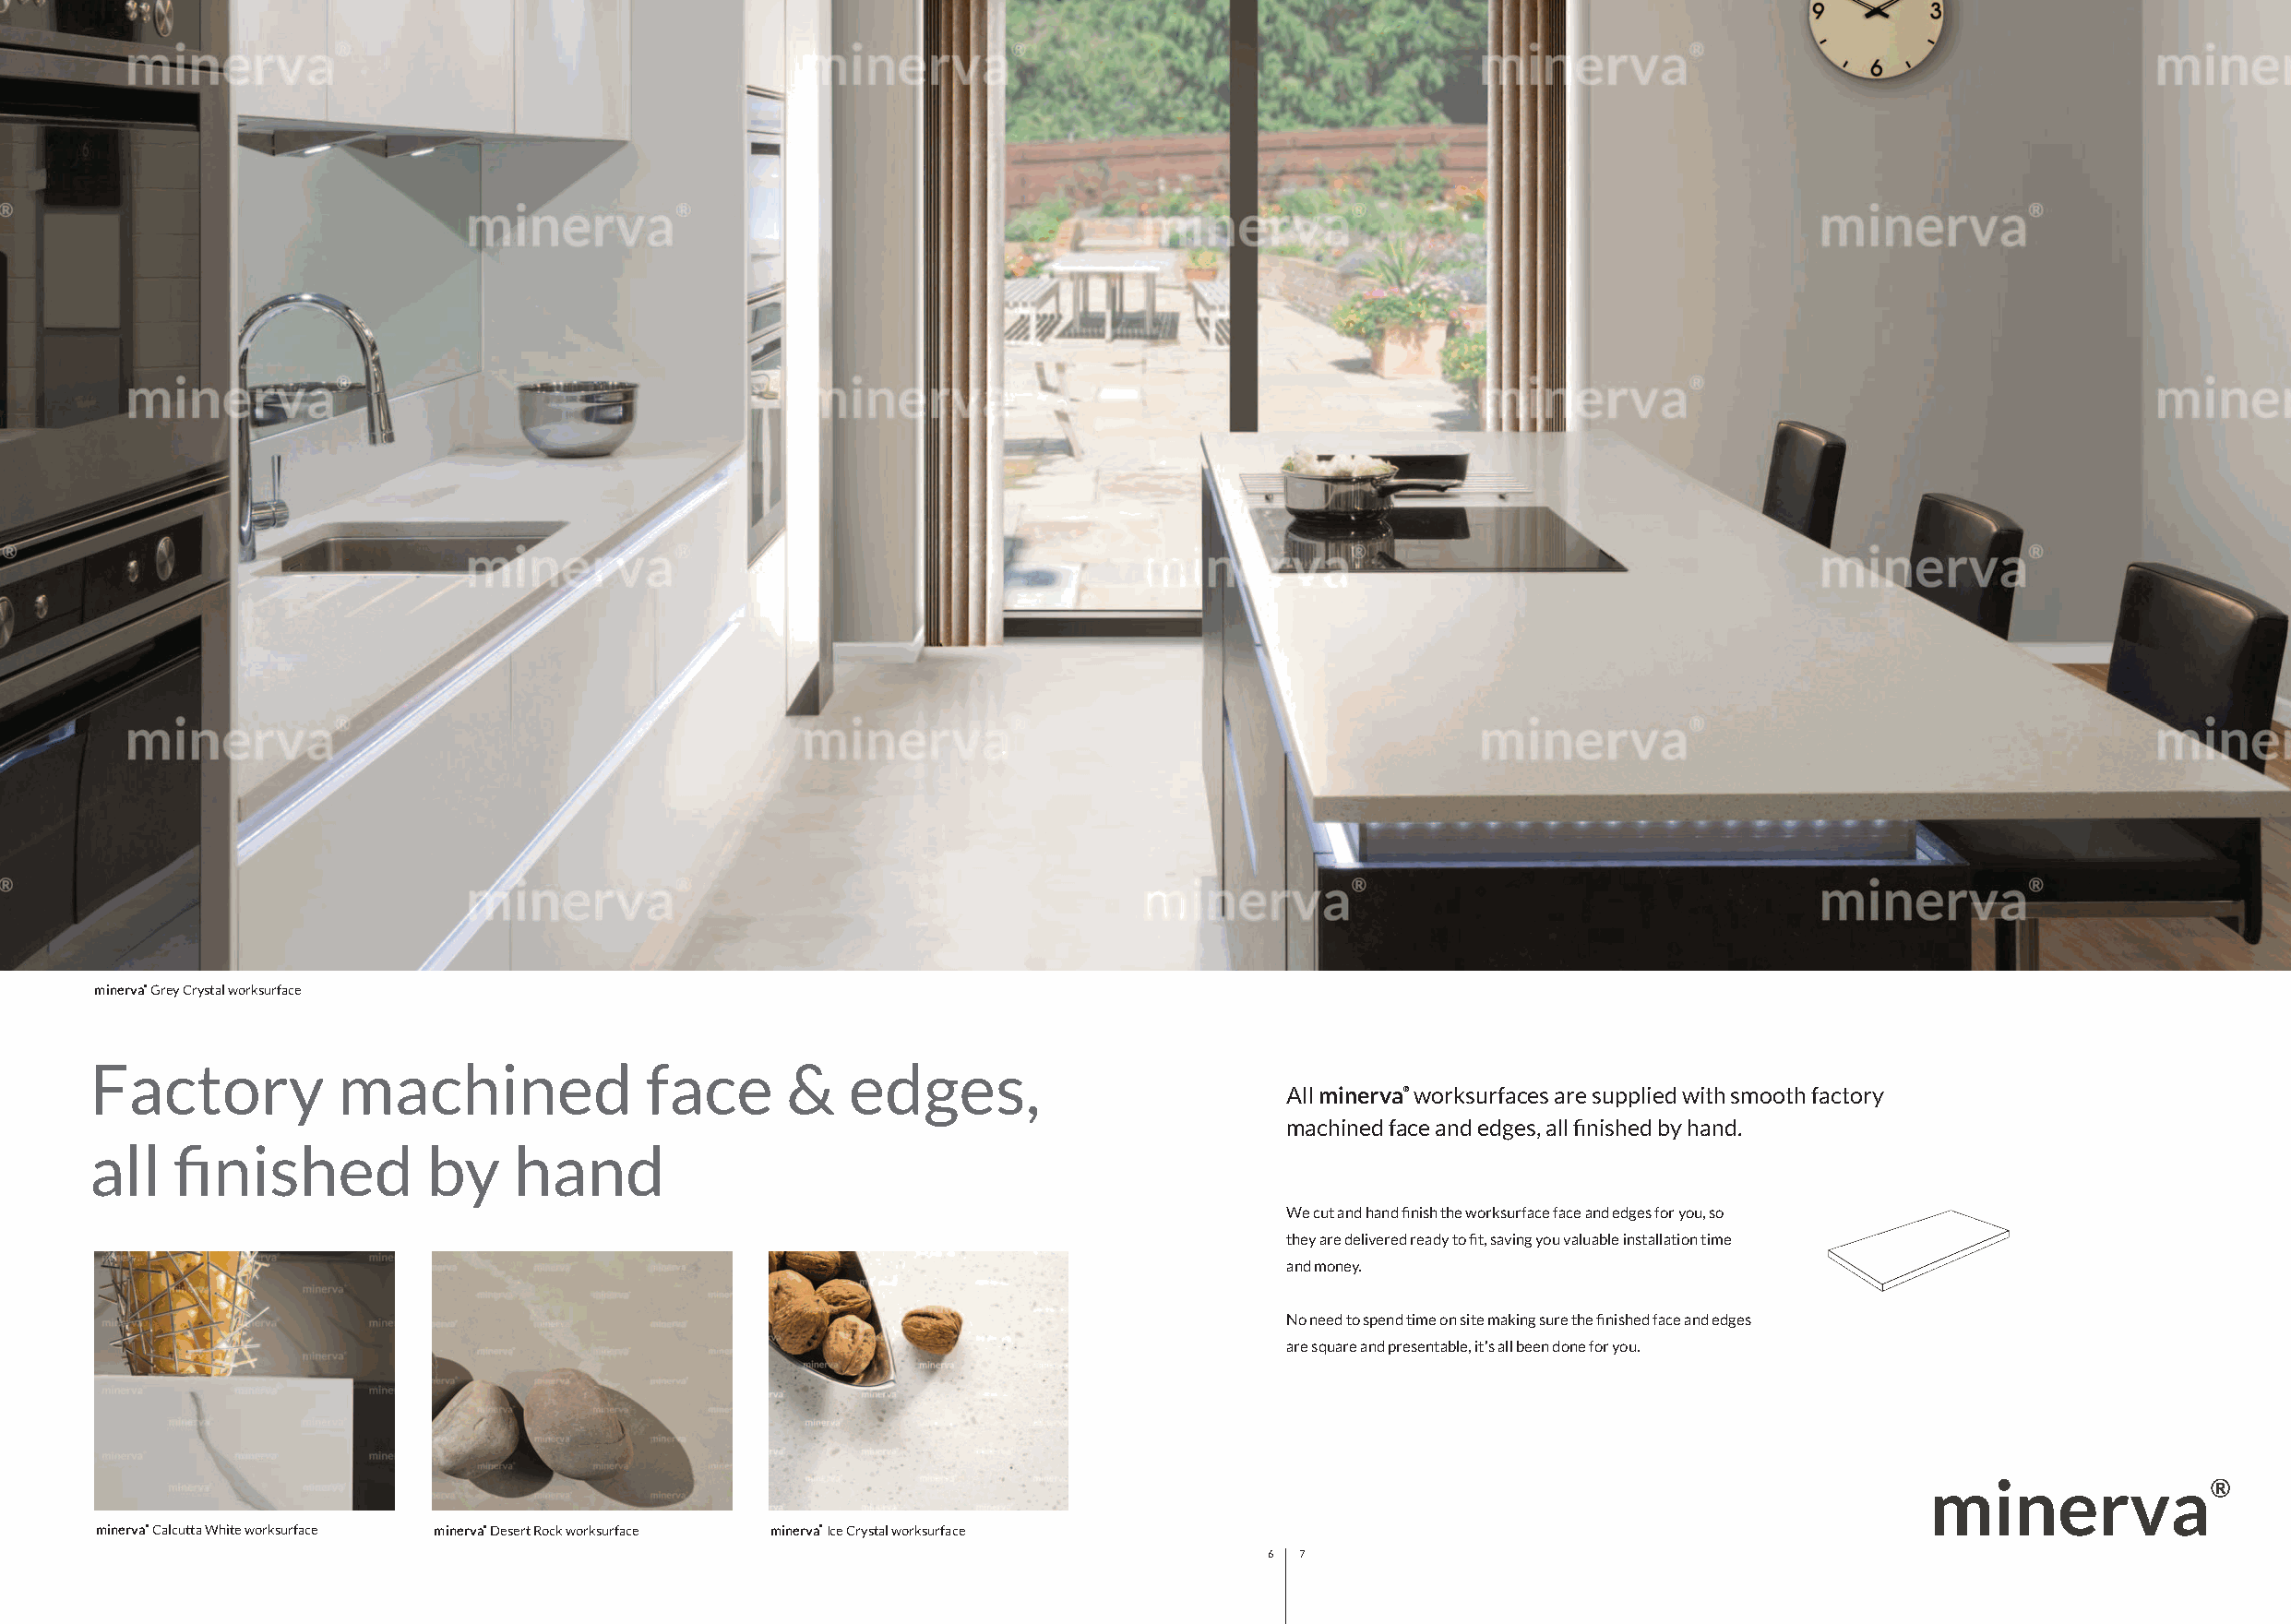
943150 Sylmar Brochure Update wm 2.qxp_Layout 1 05/07/2019 13:14 Page 7
 minerva® Grey Crystal worksurface
 Factory          machined              face       &   edges,
 All minerva® worksurfaces are supplied with smooth factory
 machined face and edges, all finished by hand.
 all   finished          by    hand
 We cut and hand finish the worksurface face and edges for you, so
 they are delivered ready to fit, saving you valuable installation time
 and money.
 No need to spend time on site making sure the finished face and edges
 are square and presentable, it's all been done for you.
 minerva® Calcutta White worksurface minerva® Desert Rock worksurface minerva® Ice Crystal worksurface
 6 7